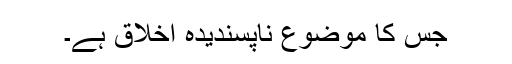
جس کا موضوع ناپسندیدہ اخلاق ہے۔